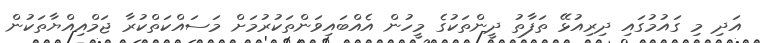
އަދި މި ގައުމުގައި ދިރިއުޅޭ ތަފާތު ދީންތަކުގެ މީހުން އެއްބައިވަންތަކުރުމަށް މަސައްކަތްކުރާ ޖަމްއިއްޔާތަކުން